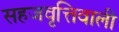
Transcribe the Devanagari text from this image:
सहजवृत्तिवाली